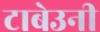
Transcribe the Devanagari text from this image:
टाबेउनी